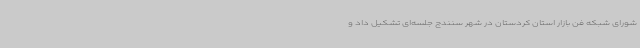
شورای شبکه فن بازار استان کردستان در شهر سنندج جلسه‌ای تشکیل داد و